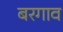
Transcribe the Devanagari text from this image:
बरगाव